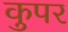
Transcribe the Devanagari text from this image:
कुपर